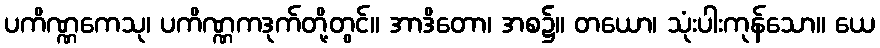
ပကိဏ္ဏကေသု၊ ပကိဏ္ဏကဒုက်တို့တွင်။ အာဒိတော၊ အစ၌။ တယော၊ သုံးပါးကုန်သော။ ယေ